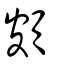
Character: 頗